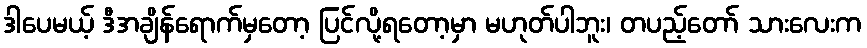
ဒါပေမယ့် ဒီအချိန်ရောက်မှတော့ ပြင်လို့ရတော့မှာ မဟုတ်ပါဘူး၊ တပည့်တော် သားလေးက